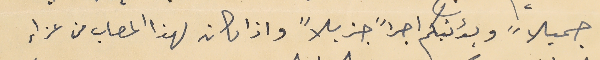
جميلاً ويؤنبكم اجراً جزيلاً واذا كان لهذا المصاب من عزاء